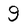
Character: 9